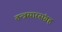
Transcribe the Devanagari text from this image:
तन्त्रसारसंग्रह